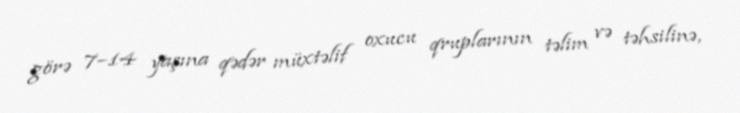
görə 7–14 yaşına qədər müxtəlif oxucu qruplarının təlim və təhsilinə,